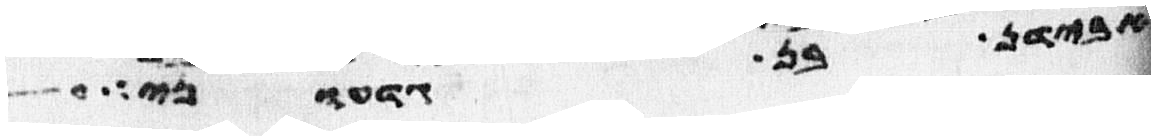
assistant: אבידן בן גדעוני